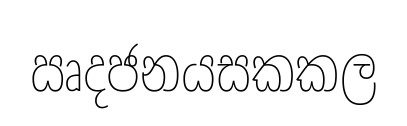
ඍදජනයසකකල